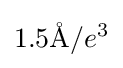
1.5\mathrm {\AA} /e^{3}